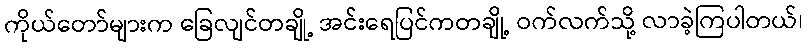
ကိုယ်တော်များက ခြေလျင်တချို့ အင်းရေပြင်ကတချို့ ဝက်လက်သို့ လာခဲ့ကြပါတယ်၊